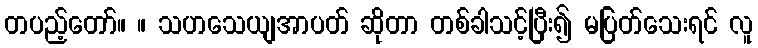
တပည့်တော်။ ။ သဟသေယျအာပတ် ဆိုတာ တစ်ခါသင့်ပြီး၍ မပြတ်သေးရင် လူ